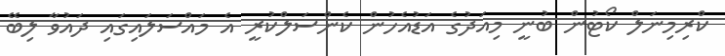
ކްރިމިނަލް ކޯޓުން ބުނީ މިއަދުގެ އަޑުއެހުން ކެންސަލްކުރީ އެ މައްސަލައިގައި ދައުވާ ލިބޭ